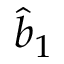
\hat { b } _ { 1 }